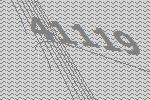
41119